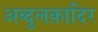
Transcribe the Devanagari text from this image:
अब्दुलक़ादिर